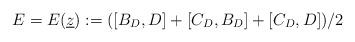
LaTeX: \begin{align*}E=E(\underline{z}):= ([B_D,D]+[C_D,B_D]+[C_D,D])/2\end{align*}